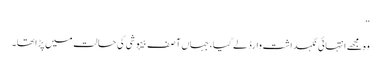
“
وہ مجھے انتہائی نگہداشت وارڈ لے گیا، جہاں آصف بیہوشی کی حالت میں پڑا تھا۔